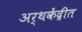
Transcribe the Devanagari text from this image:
अर्थकेंद्रीत